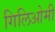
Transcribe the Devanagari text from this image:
गिलिओमी